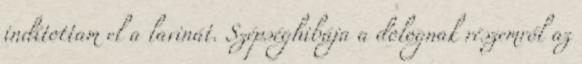
indítottam el a lavinát. Szépséghibája a dolognak részemről az